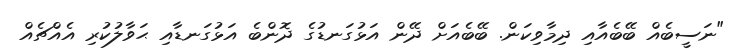
"ނަސީބެއް ބޭބެއާއި ދިމާވިކަން. ބޭބެއަށް ދޭން އަޅުގަނޑުގެ ދޮންބެ އަޅުގަނޑާއި ޙަވާލުކުރި އެއްޗެއް